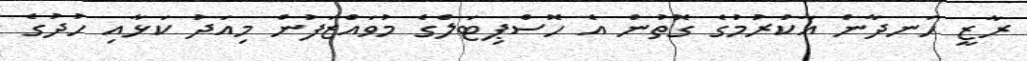
ރާޒީ ހަނދާން އާކުރުމުގެ ގޮތުން އެ ހޮސްޕިޓަލްގެ މުވައްޒަފުން މިއަދު ކަޅާއި ހުދުގެ